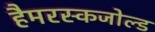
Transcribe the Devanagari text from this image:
हैमरस्कजोल्‍ड